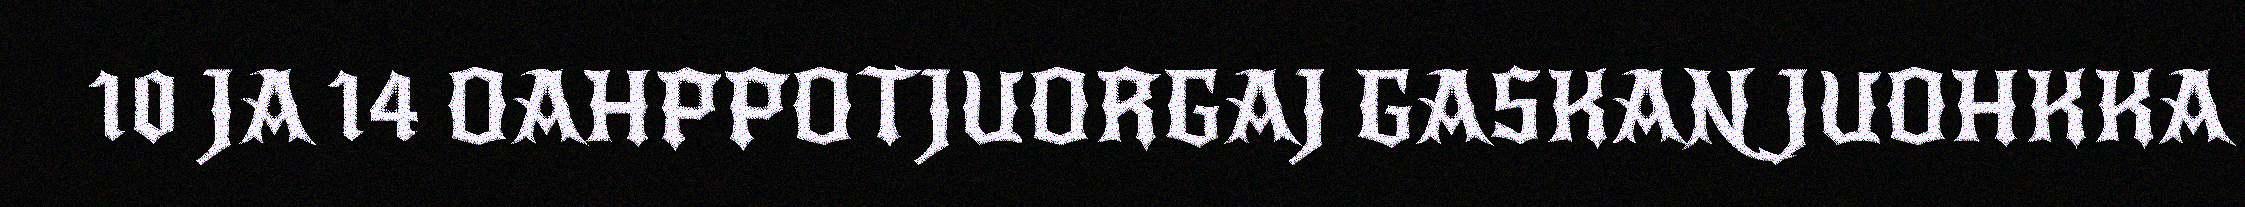
10 JA 14 OAHPPOTJUORGAJ GASKAN JUOHKKA